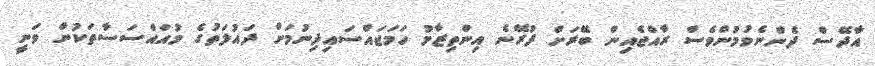
އާދޭސް ދެންނެވުމުންވެސް ރާއްޖެއިން ބޭރަށް ފުރޭނެ އިންތިޒާމު ހަމަޖައްސައިދިނުމަށް ދައުލަތުގެ މުއައްސަސާތަކުން ވަނީ